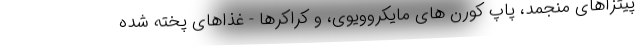
پیتزاهای منجمد، پاپ کورن های مایکروویوی، و کراکرها - غذاهای پخته شده